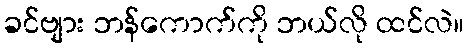
ခင်ဗျား ဘန်ကောက်ကို ဘယ်လို ထင်လဲ။